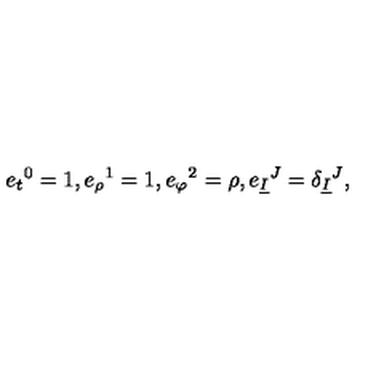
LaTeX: e _ { t } { } ^ { 0 } = 1 , e _ { \rho } { } ^ { 1 } = 1 , e _ { \varphi } { } ^ { 2 } = \rho , e _ { \underline { { I } } } { } ^ { J } = \delta _ { \underline { { I } } } { } ^ { J } ,